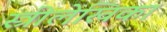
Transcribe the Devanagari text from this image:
स्त्रीलेखिका